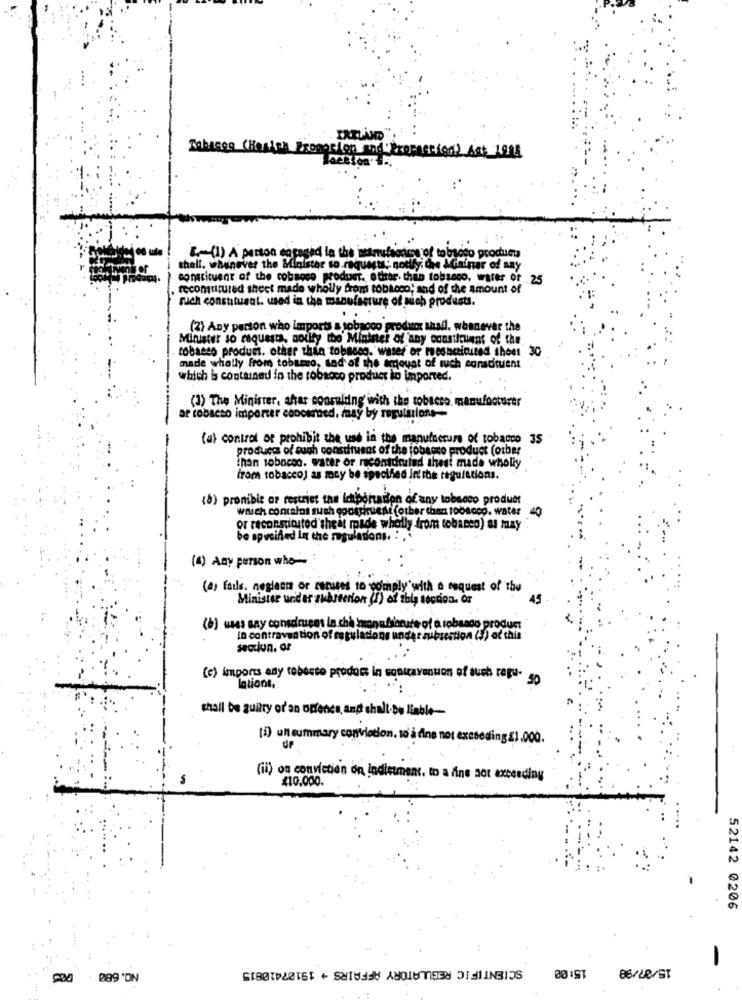
Tobases (Hasta) Promotion and Profession) Ast Lots
.- (1) A parton engaged la the sanufagame of tobsoto product
shell. whenever the Minister so requests, godly, Che Mininer of any
constituent of the cobsoco product. other. this tobsono. wirer of 25
. recontrured sheet made wholly from tobacco, and of the amount of
ruch constituent. used in the manufacture of nich products.
..
(2) Any person who imports & tobagoo produtor shall. whenever the
Minister so requests, solly the Minister of any consifruens of the.
tobacco product. other thia tobacco, water or medicinited sheet 30
made wholly from tobacco, sad of the amount of such constituent
which is contained in the robaoco product io imported.
(3) The Minister, after consulting with the tobacco. manufacturer
af robseso importer concerned, may by regulations --
(a) control of prohibit the use in the manufacture of tobacco 3S
products of such constituent of the jobagro product (other
than sobocon. water or recontdruled thesi made wholiy
from tobacco) as may be specified in the regulations.
(8) pronibis ar restriet tas Importation of any tobacco product
which contains such cocasiruest (other than tobacco, water
40
or reconstituted sheet made wholly drom tobacco) as may
be specified In the regulations. :
(4) Any person who-
(a) fails, neglect or cerises to comply with a request of the
Minister under subsection (I) of this section. Or
45
(b) usas say consdruees la cha mannfriorute of a robasso produn
In contravention of regulations under subsection (5) od this
section. ar
(e) imports any roberto prodont in sonicarenuon of such repu. 50
lationt.
shall be guilty of'an offence, and shall be liable-
(1) un summary conviction. to à dine not exceeding £1,000.
(ii) on conviction on indictment. to a fine not exceeding
410.000.
52142 0206
-
SCIENTIFIC REGULATORY AFFAIRS + 19107410815
089 'ON
00 IST